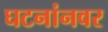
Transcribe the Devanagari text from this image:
घटनांनवर